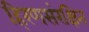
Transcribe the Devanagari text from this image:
हिरणसंरक्षित